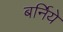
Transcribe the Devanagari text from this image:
बर्निये